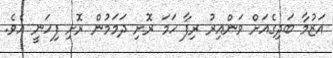
އަޒުމާ ބަދިގެއަށް ވަންއިރު ރިފާ ހަމަ ރޮށި ދަމަމުން ރޮށި ފިހަނީ އެވެ.